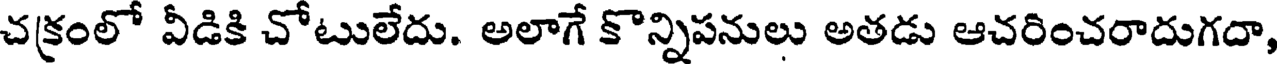
చక్రంలో వీడికి చోటులేదు. అలాగే కొన్నిపనులు అతడు ఆచరించరాదుగదా,